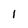
Character: I